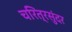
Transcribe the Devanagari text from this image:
चरित्रसुंदर